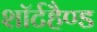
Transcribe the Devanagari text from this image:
शॉर्टहैण्ड